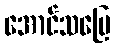
အောင်သပြေ